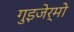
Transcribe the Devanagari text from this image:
गुइजेर्मो